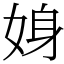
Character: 㛛